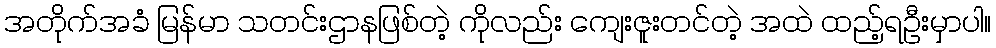
အတိုက်အခံ မြန်မာ သတင်းဌာနဖြစ်တဲ့ ကိုလည်း ကျေးဇူးတင်တဲ့ အထဲ ထည့်ရဦးမှာပါ။